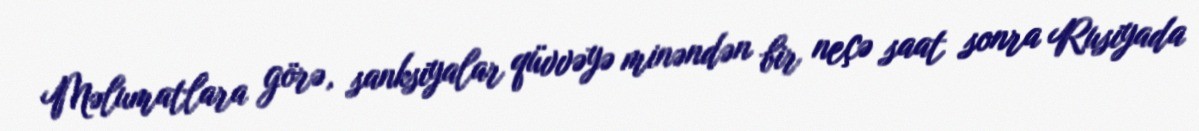
Məlumatlara görə, sanksiyalar qüvvəyə minəndən bir neçə saat sonra Rusiyada